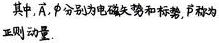
其中, $\vec{A}, \phi$ 分别为电磁矢势和标势, $\vec{P}$ 称为正则动量.